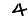
Digit: 4